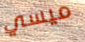
ميسي